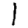
Digit: 1